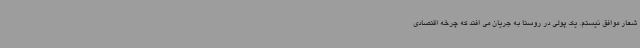
شعار موافق نیستم. یک پولی در روستا به جریان می افتد که چرخه اقتصادی